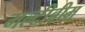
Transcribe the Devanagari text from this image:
मल्टीबीम